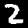
Label: 2